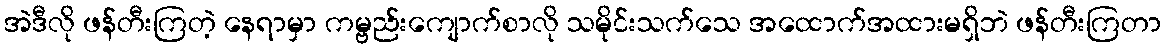
အဲဒီလို ဖန်တီးကြတဲ့ နေရာမှာ ကမ္ဗည်းကျောက်စာလို သမိုင်းသက်သေ အထောက်အထားမရှိဘဲ ဖန်တီးကြတာ